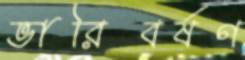
ভারিবর্ষণ